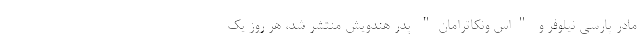
مادر پارسی نیلوفر و "اس ونکاترامان" پدر هندویش منتشر شد، هر روز یک